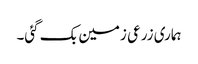
ہماری زرعی زمین بک گئی۔